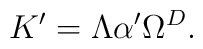
K'=\Lambda \alpha ' \Omega^{D}.